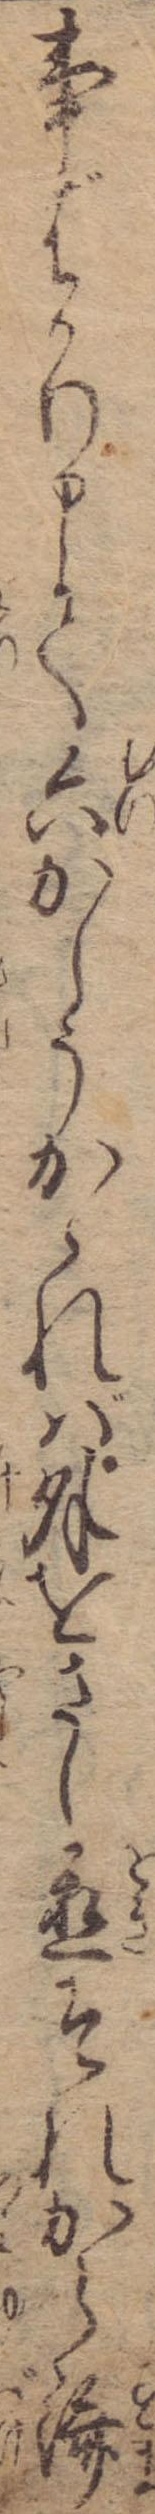
事ばかり申て六かしうかゝれば外をさし置それから済